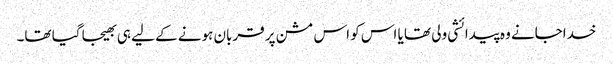
خداجانے وہ پیدائشی ولی تھا یا اس کو اس مشن پر قربان ہونے کے لیے ہی بھیجا گیا تھا۔